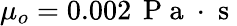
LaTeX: \mu_{o}=0.002\, \mathrm{~P~a~}\cdot\mathrm{~s~}